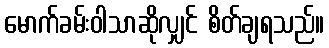
မောက်ခမ်းဝါသာဆိုလျှင် စိတ်ချရသည်။